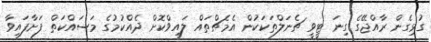
ގުޅިގެން ރާއްޖޭގެ ގިނަ ޓީވީ ޗެނަލްތަކަކުން އެމެޗްތައް ލައިވްކޮށް ދެއްކުމުގެ މަސައްކަތް ފަށާފައިވާ